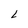
Character: L